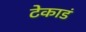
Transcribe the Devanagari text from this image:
टेकाडं